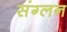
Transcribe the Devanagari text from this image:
संग्लन